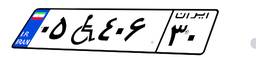
۰۵W۴۰۶۳۰